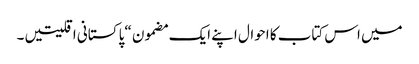
میں اس کتاب کا احوال اپنے ایک مضمون “پا کستانی اقلیتیں ۔